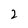
Character: 2